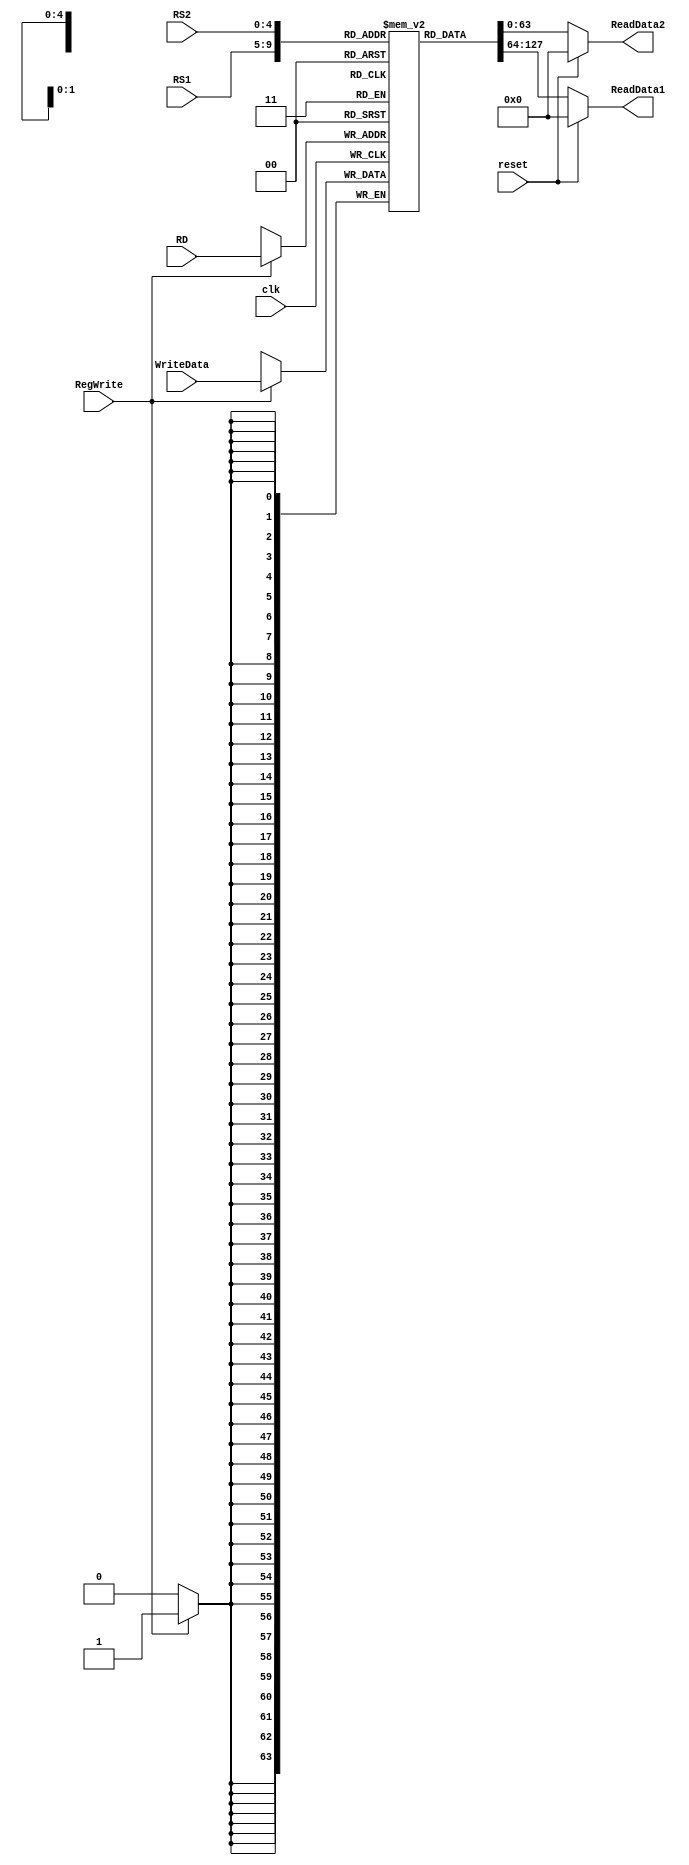
`timescale 1ns / 1ps
module registerFile(
    input [63:0]WriteData,
    input [4:0]RS1,
    input [4:0]RS2,
    input [4:0]RD,
    input RegWrite,
    input clk,
    input reset,
    output reg [63:0]ReadData1,
    output reg [63:0]ReadData2
    );
    integer i;
    reg [63:0] Registers [31:0];
    initial begin
        Registers[0] = 0;
        for (i = 1; i < 32; i = i+1)
            begin
                Registers[i] = i+1;
            end
    end
    
    always @*
    begin
    ReadData1 <= Registers[RS1];
    ReadData2 <= Registers[RS2];
    if (reset)
        begin
            ReadData1 <= 0;
            ReadData2 <= 0;
        end
   end
   always @(posedge clk)
   begin
    if (RegWrite)
        begin
            Registers[RD] = WriteData;
        end
    end
endmodule